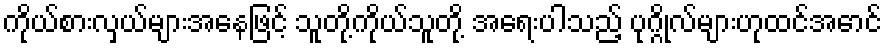
ကိုယ်စားလှယ်များအနေဖြင့် သူတို့ကိုယ်သူတို့ အရေးပါသည့် ပုဂ္ဂိုလ်များဟုထင်အောင်